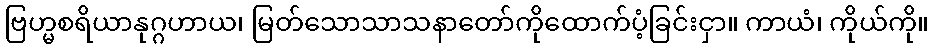
ဗြဟ္မစရိယာနုဂ္ဂဟာယ၊ မြတ်သောသာသနာတော်ကိုထောက်ပံ့ခြင်းငှာ။ ကာယံ၊ ကိုယ်ကို။